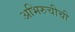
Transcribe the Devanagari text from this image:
अभिरुचीची